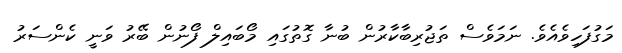
މަގުފަހިވެއެވެ. ނަމަވެސް ތަޖުރިބާކާރުން ބުނާ ގޮތުގައި މޯބައިލް ފޯނުން ބޭރު ވަނީ ކެންސަރު